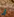
أي